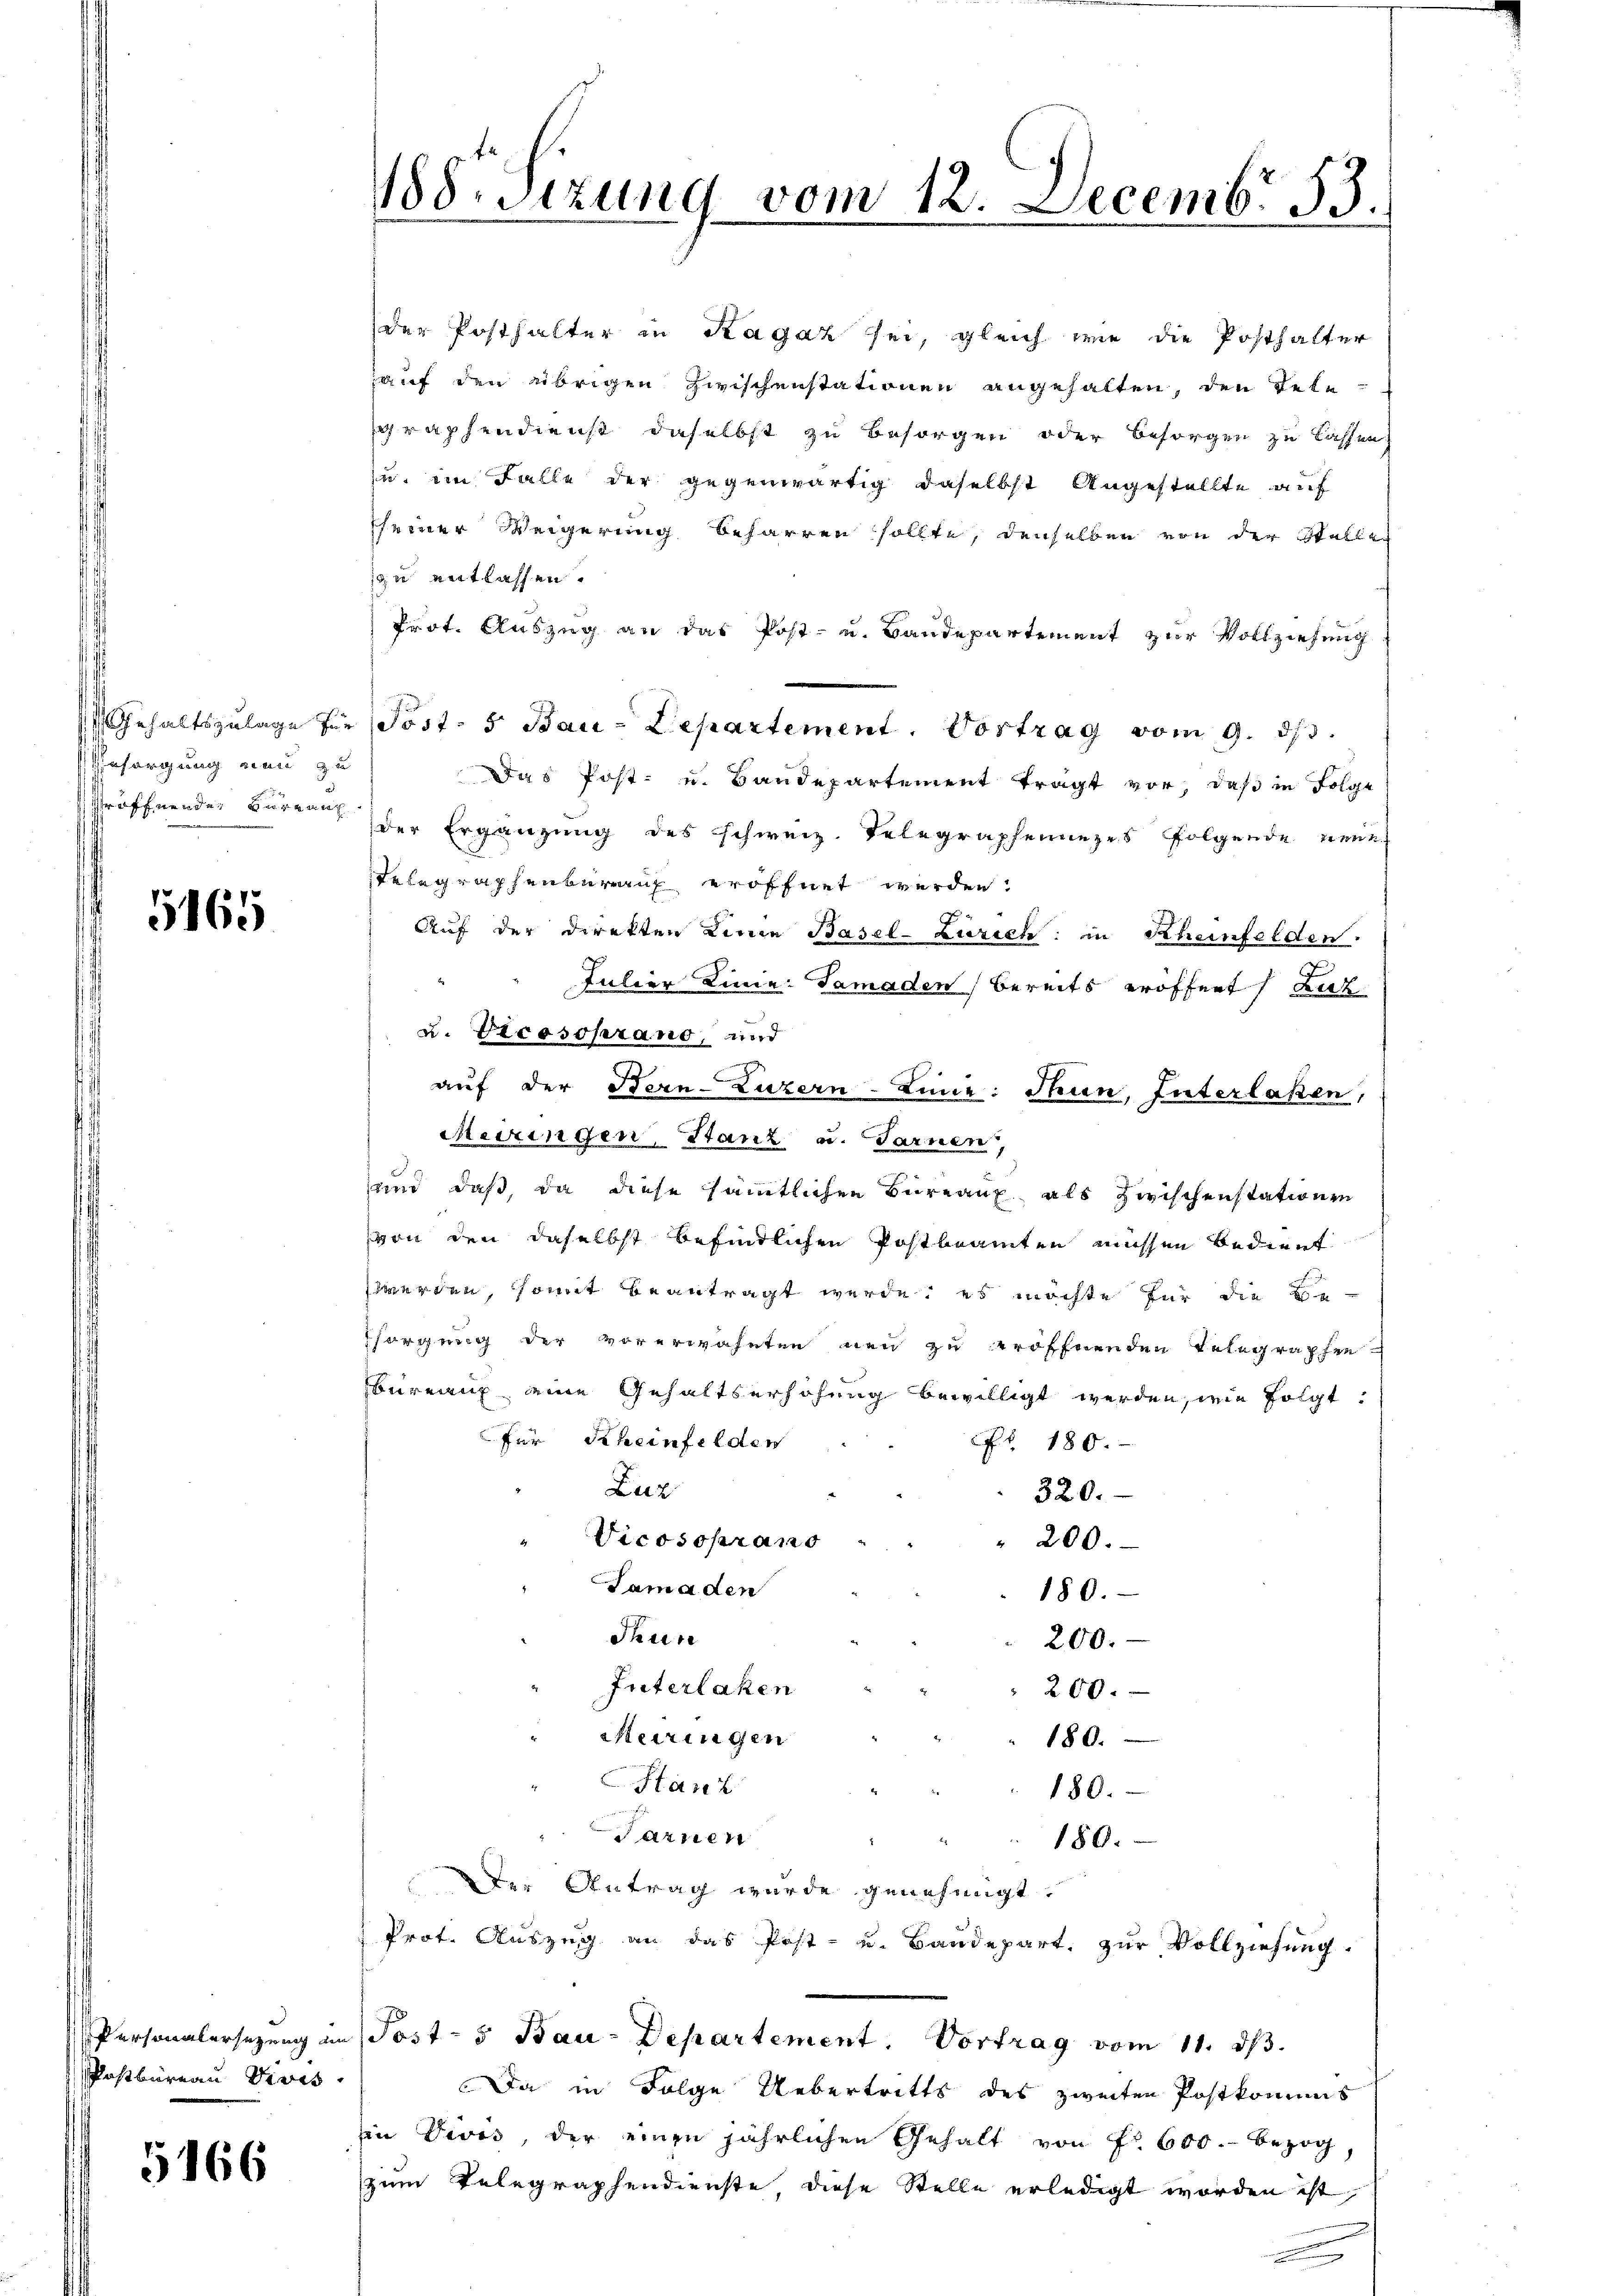
Gesorgung neu zu

5165

Personalersezung un
Postbüreau Vivis

566

188. Sizung vom 12. Decembr 53.

der Posthalter in Ragaz sei, gleich wie die Posthalter
auf den übrigen Zwischenstationen angehalten, den Tele-
graphendienst daselbst zu Besorgen oder Besorgen zu lassen,
zu im Falle der gegenwärtig daselbst Angestellte auf
sseiner Weigerung beharren sollte, denselben von der Stalle
zzu entlassen.
Prot. Auszug an das Post- u. Bandepartement zur Vollziehung
Das Post- u. Baudepartement trägt vor, daß in Folge
Wröffnender Büreau der Ergänzung des Schweiz. Telegraphenanzes folgende neue
Telegraphenberauf eröffnet werden.
Auf der Direkten Linie Basel-Zürich: in Scheinfelden.
be
Julier Linie. Samaden bereits eröffnet Luz
u. Vicosoprano, und
auf der Bern-Luzern-Linie: Thun, Interlaßen,
Meiringen, Stanz u. Tarnen,
und daß, da diese sämmtlichen Bureaux als zwischenstationen
von den daselbst befindlichen Postbeamten müssen bedient
werden, somit beantragt werde, es möchte für die Be¬
Esorgung der vorerwähnten neu zu eröffnenden Telegraphen
bureau eine Gehaltserhöhung bewilligt werden, wie folgt:
für Scheinfelder
Nr. 180.
Luz
320.
Vicososrano
" 200.
Tamaden
180.
Thun
200.
Interlaken
200.
Meiringen
180.
Stanz
180.
Sarnen
180.
Der Antrag wurde genehmigt.
Prot. Auszug an das Post- u. Baudepart, zur Vollziehung.
Post-s Bau-Departement. Vortrag vom 11. dβ.
Da in Folge Uebertritts des zweiten Postkommis
in Divis, der einen jährlichen Gehalt von fl. 600. bezog
zum Telegraphendienste diese Stelle erledigt worden ist,

Gehaltszulage für Post- 5 Bau-Departement. Vortrag vom 9. ds.